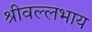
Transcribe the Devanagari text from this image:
श्रीवल्लभाय